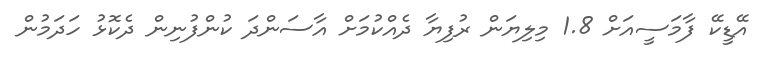
އޭޑީކޭ ފާމަސީއަށް 1.8 މިލިޔަން ރުފިޔާ ދެއްކުމަށް އާސަންދަ ކުންފުނިން ދެކޮޅު ހަދަމުން